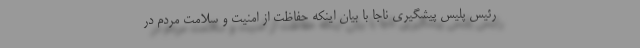
رئیس پلیس پیشگیری ناجا با بیان اینکه حفاظت از امنیت و سلامت مردم در